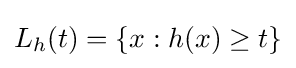
{\textstyle L_{h}(t)=\{x:h(x)\geq t\}}